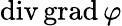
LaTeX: \operatorname{div}\operatorname{grad}\varphi